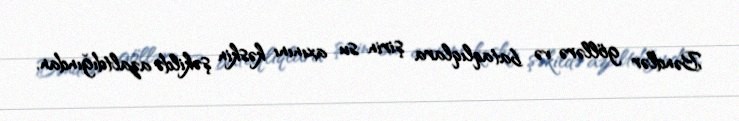
Bəndlər göllərə və bataqlıqlara şirin su axınını kəskin şəkildə azaltdığından,